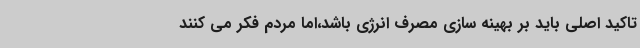
تاکید اصلی باید بر بهینه سازی مصرف انرژی باشد،اما مردم فکر می کنند